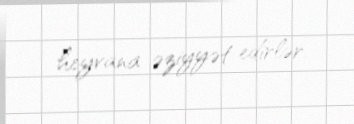
heyvana əziyyət edirlər.